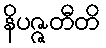
နိပဇ္ဇတီတိ